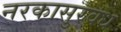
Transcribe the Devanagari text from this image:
नरकासुरवध